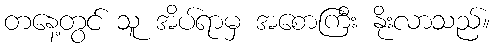
တနေ့တွင် သူ အိပ်ရာမှ အစောကြီး နိုးလာသည်။